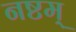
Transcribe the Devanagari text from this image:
नष्टम्